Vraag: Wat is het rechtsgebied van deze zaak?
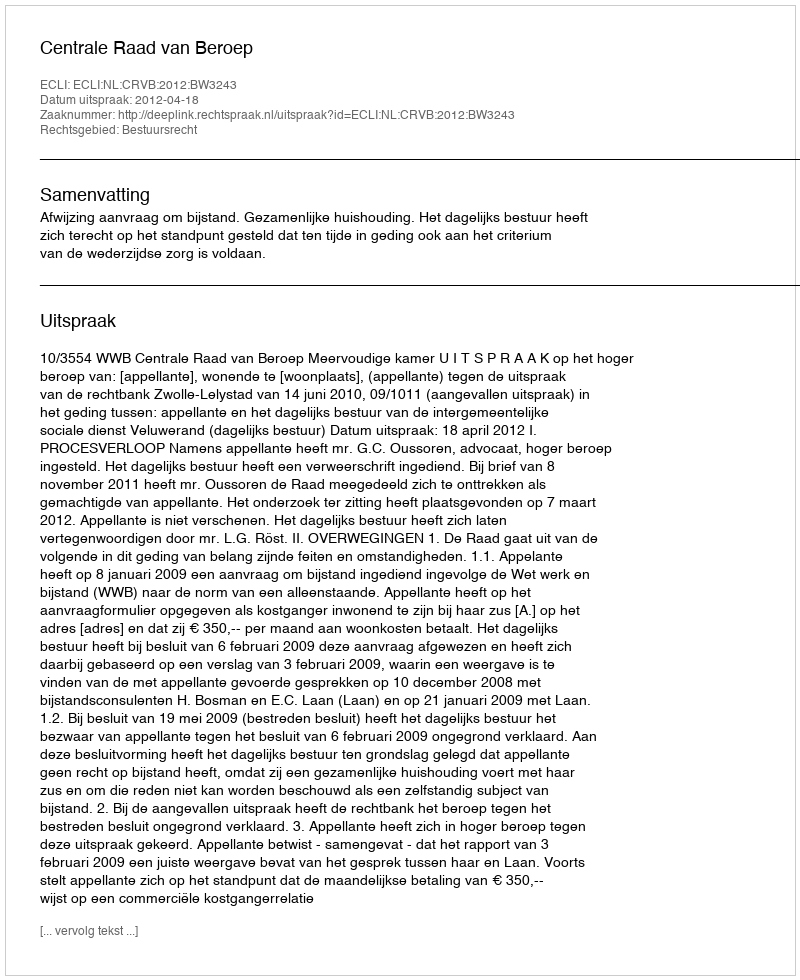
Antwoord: Bestuursrecht